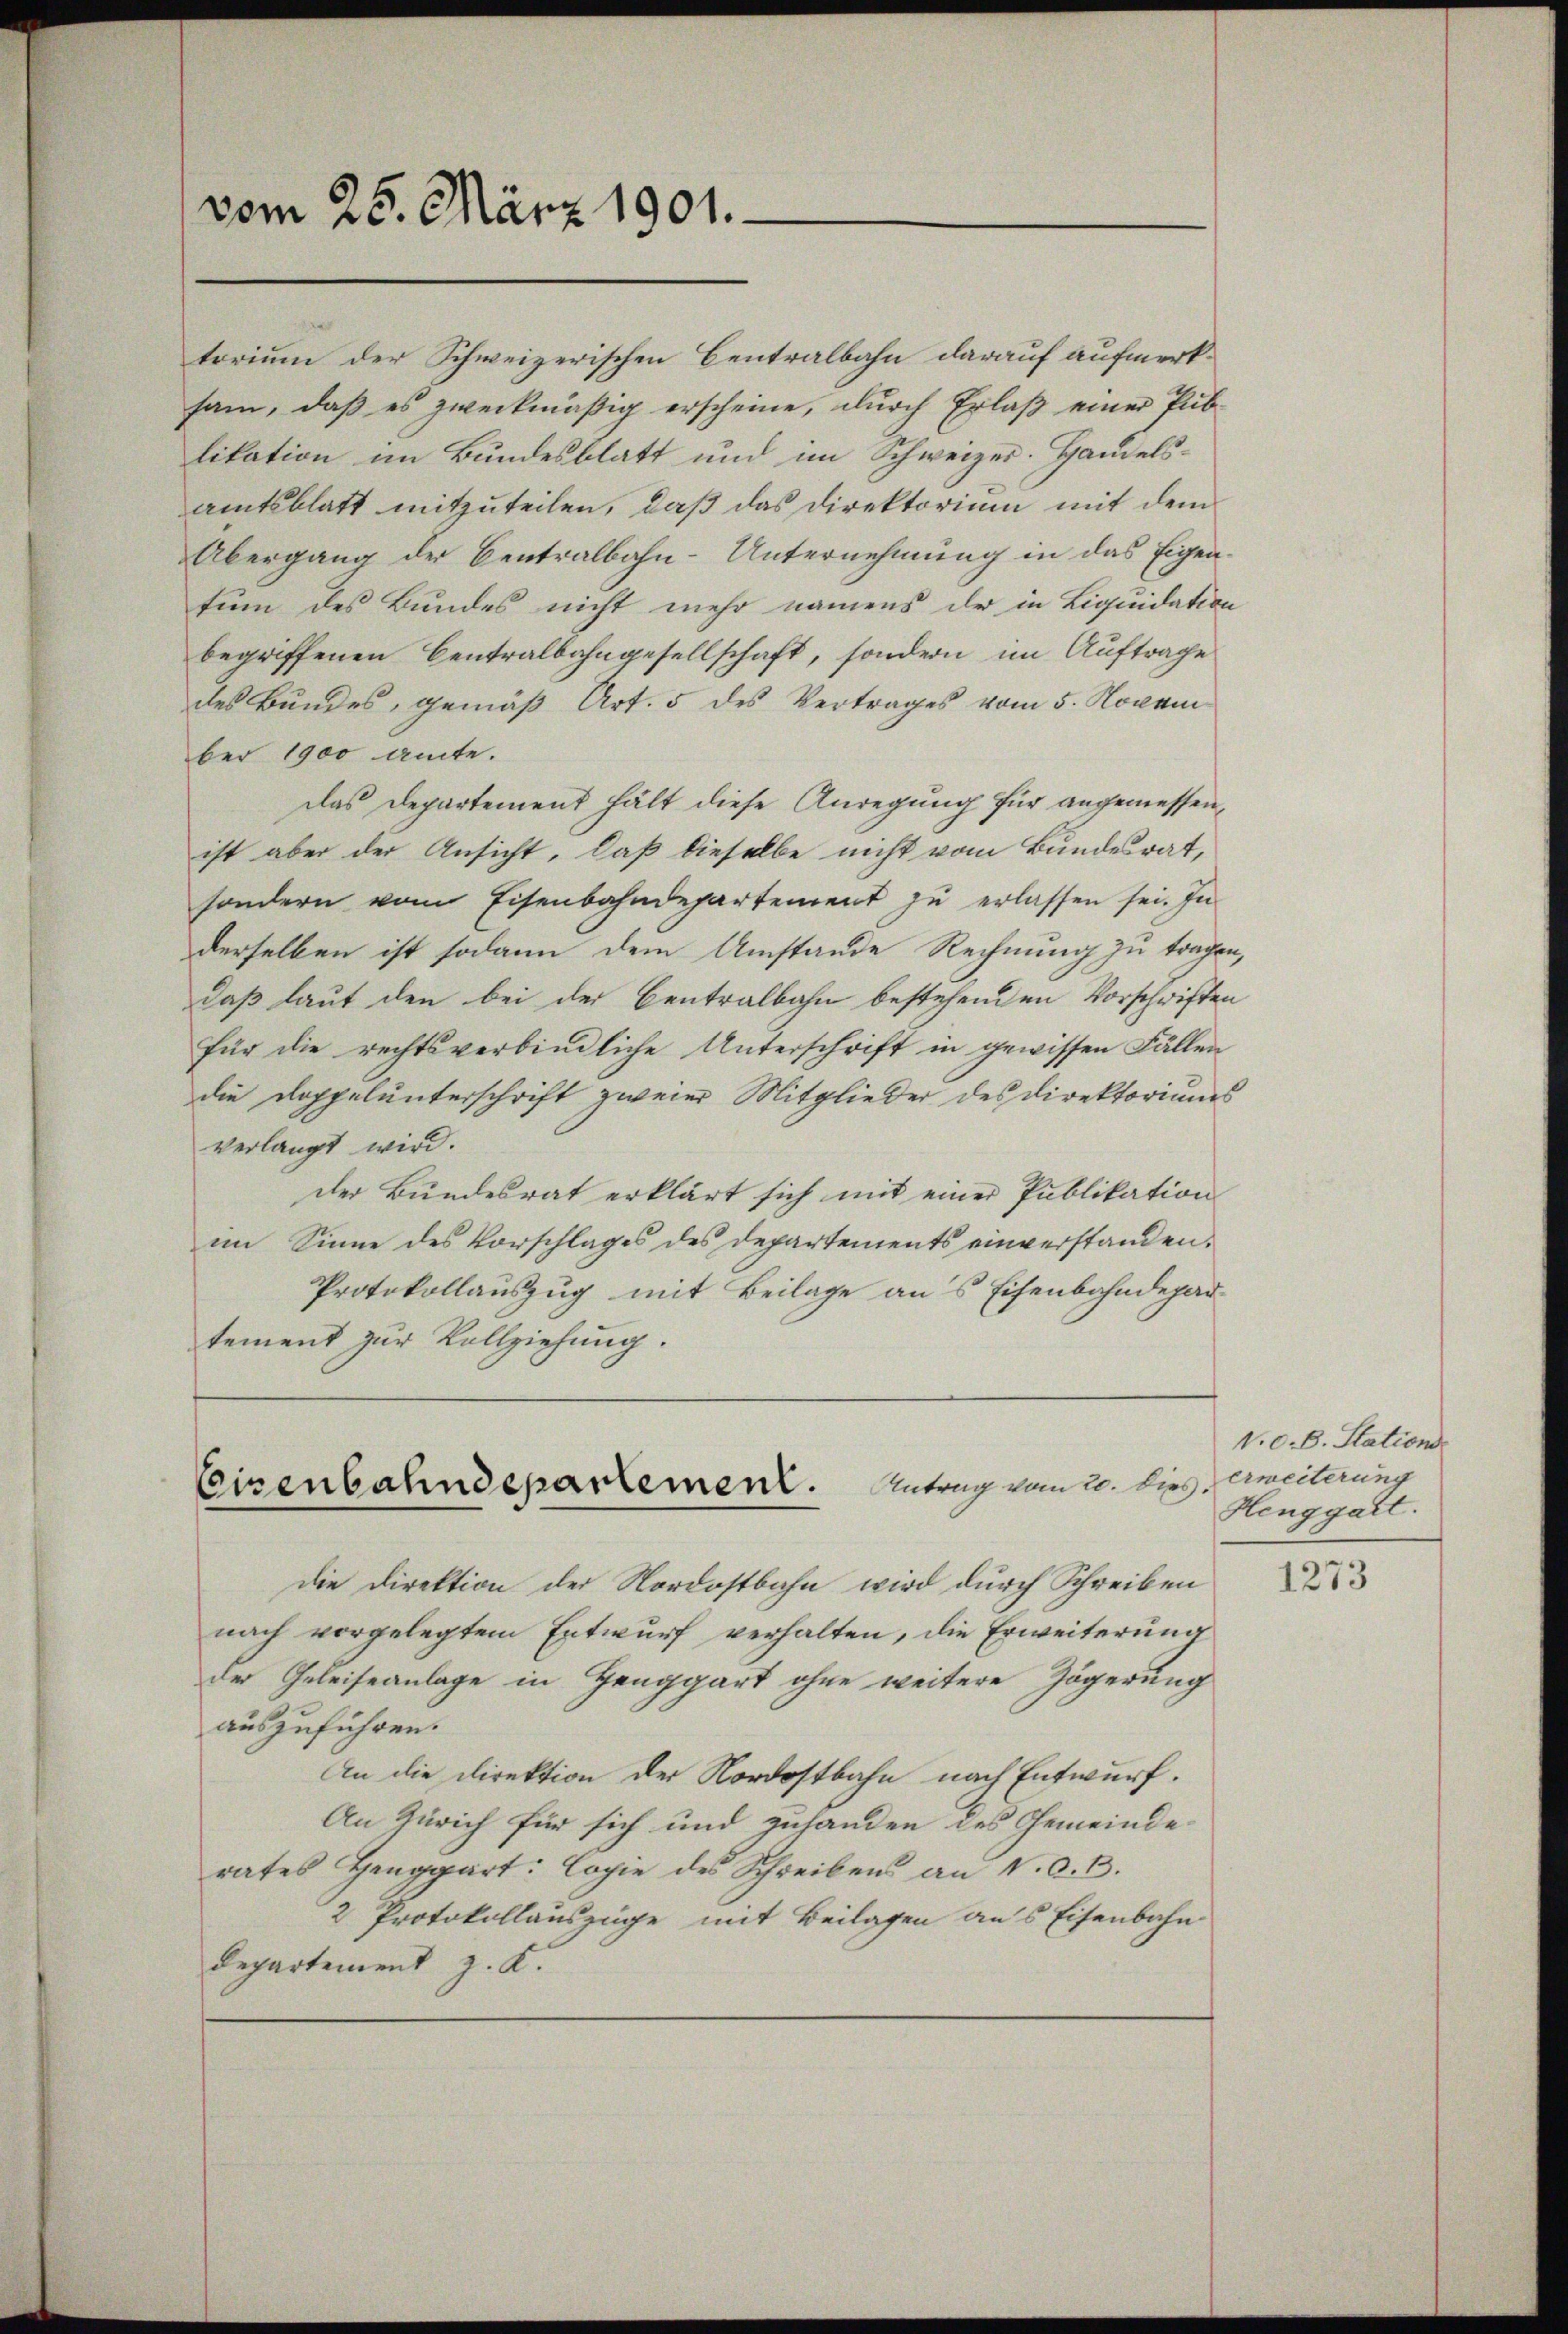
vom 25. März 1901.

torium der Schweizerischen Centralbahn darauf aufmerksam, daß es zweckmäßig erscheine, durch Erlaß einer Pub-
likation im Bundesblatt und im Schweizer. Handelsamtsblatt mitzuteilen, daß das Direktorium mit dem
Übergang der Centralbahn-Unternehmung in das Eigentum des Bundes nicht mehr namens der in Liquidation
begriffenen Centralbahngesellschaft, sondern im Auftrage
des Bundes, gemäß Art. 5 des Vertrages vom 5. Novem
ber 1900 Amte.
das Departement hält diese Anregung für angemessen,
ist aber der Ansicht, daß dieselbe nicht vom Bundesrat,
sondern vom Eisenbahndepartement zŭ erlassen sei. In
derselben ist sodann dem Umstände Rechnung zu tragen,
daß laut den bei der Centralbahn bestehenden Vorschriften
für die rechtsverbindliche Unterschrift in gewissen Fällen
die Doppelunterschrift zweier Mitglieder des Direktoriums
verlangt wird.
der Bundesrat erklärt sich mit einer Publikation
im Sinne des Vorschlages des Departements einverstanden.
Protokollauszug mit Beilage an’s Eisenbahndepar-
tement zur Vollziehung.

Ceisenbahndepartement. Antrag vom 20. Dies

die Direktion der Nordostbahn wird durch Schreiben
nach vorgelegtem Entwurf verhalten, die Erweiterung
der Geleiseanlage in Henggart ohne weitere Zögerung
auszuführen.
An die Direktion der Nordostbahn nach Entwurf.
An Zürich für sich und zuhanden des Gemeinderates Henggart: Copie des Schreibens an V. d. B.
2 Protokollauszüge mit Beilagen aus Eisenbahn
Departement z. K.

V. d. B. Stations
erweiterung
Henggart.

1273